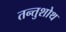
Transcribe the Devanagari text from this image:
तन्तुशोथ